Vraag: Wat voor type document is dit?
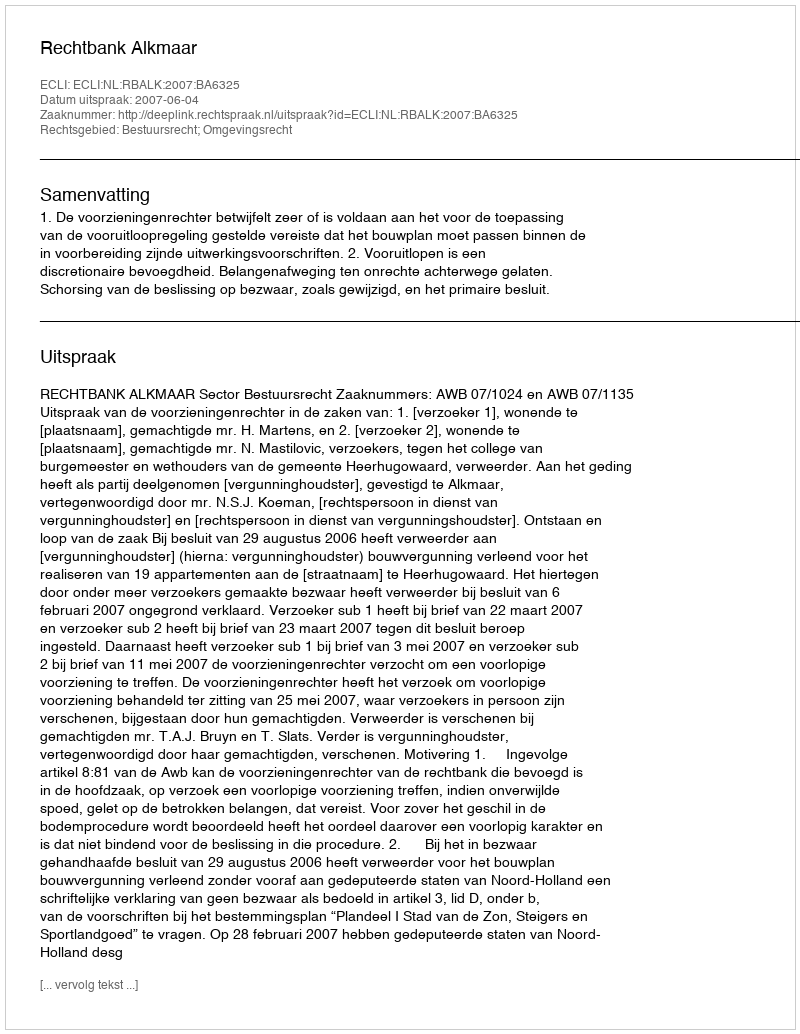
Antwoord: Uitspraak